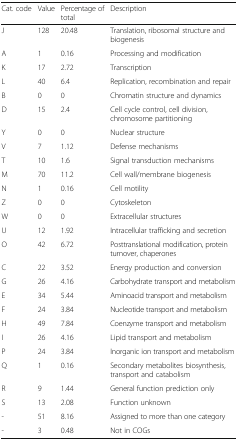
| Cat. code | Value | Percentage of total | Description |
 | --- | --- | --- | --- |
 | J | 128 | 20.48 | Translation, ribosomal structure and biogenesis |
 | A | 1 | 0.16 | Processing and modification |
 | K | 17 | 2.72 | Transcription |
 | L | 40 | 6.4 | Replication, recombination and repair |
 | B | 0 | 0 | Chromatin structure and dynamics |
 | D | 15 | 2.4 | Cell cycle control, cell division, chromosome partitioning |
 | Y | 0 | 0 | Nuclear structure |
 | V | 7 | 1.12 | Defense mechanisms |
 | T | 10 | 1.6 | Signal transduction mechanisms |
 | M | 70 | 11.2 | Cell wall/membrane biogenesis |
 | N | 1 | 0.16 | Cell motility |
 | Z | 0 | 0 | Cytoskeleton |
 | W | 0 | 0 | Extracellular structures |
 | U | 12 | 1.92 | Intracellular trafficking and secretion |
 | O | 42 | 6.72 | Posttranslational modification, protein turnover, chaperones |
 | C | 22 | 3.52 | Energy production and conversion |
 | G | 26 | 4.16 | Carbohydrate transport and metabolism |
 | E | 34 | 5.44 | Aminoacid transport and metabolism |
 | F | 24 | 3.84 | Nucleotide transport and metabolism |
 | H | 49 | 7.84 | Coenzyme transport and metabolism |
 | I | 26 | 4.16 | Lipid transport and metabolism |
 | P | 24 | 3.84 | Inorganic ion transport and metabolism |
 | Q | 1 | 0.16 | Secondary metabolites biosynthesis, transport and catabolism |
 | R | 9 | 1.44 | General function prediction only |
 | S | 13 | 2.08 | Function unknown |
 | - | 51 | 8.16 | Assigned to more than one category |
 | - | 3 | 0.48 | Not in COGs |